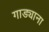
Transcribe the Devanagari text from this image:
गाड्याना